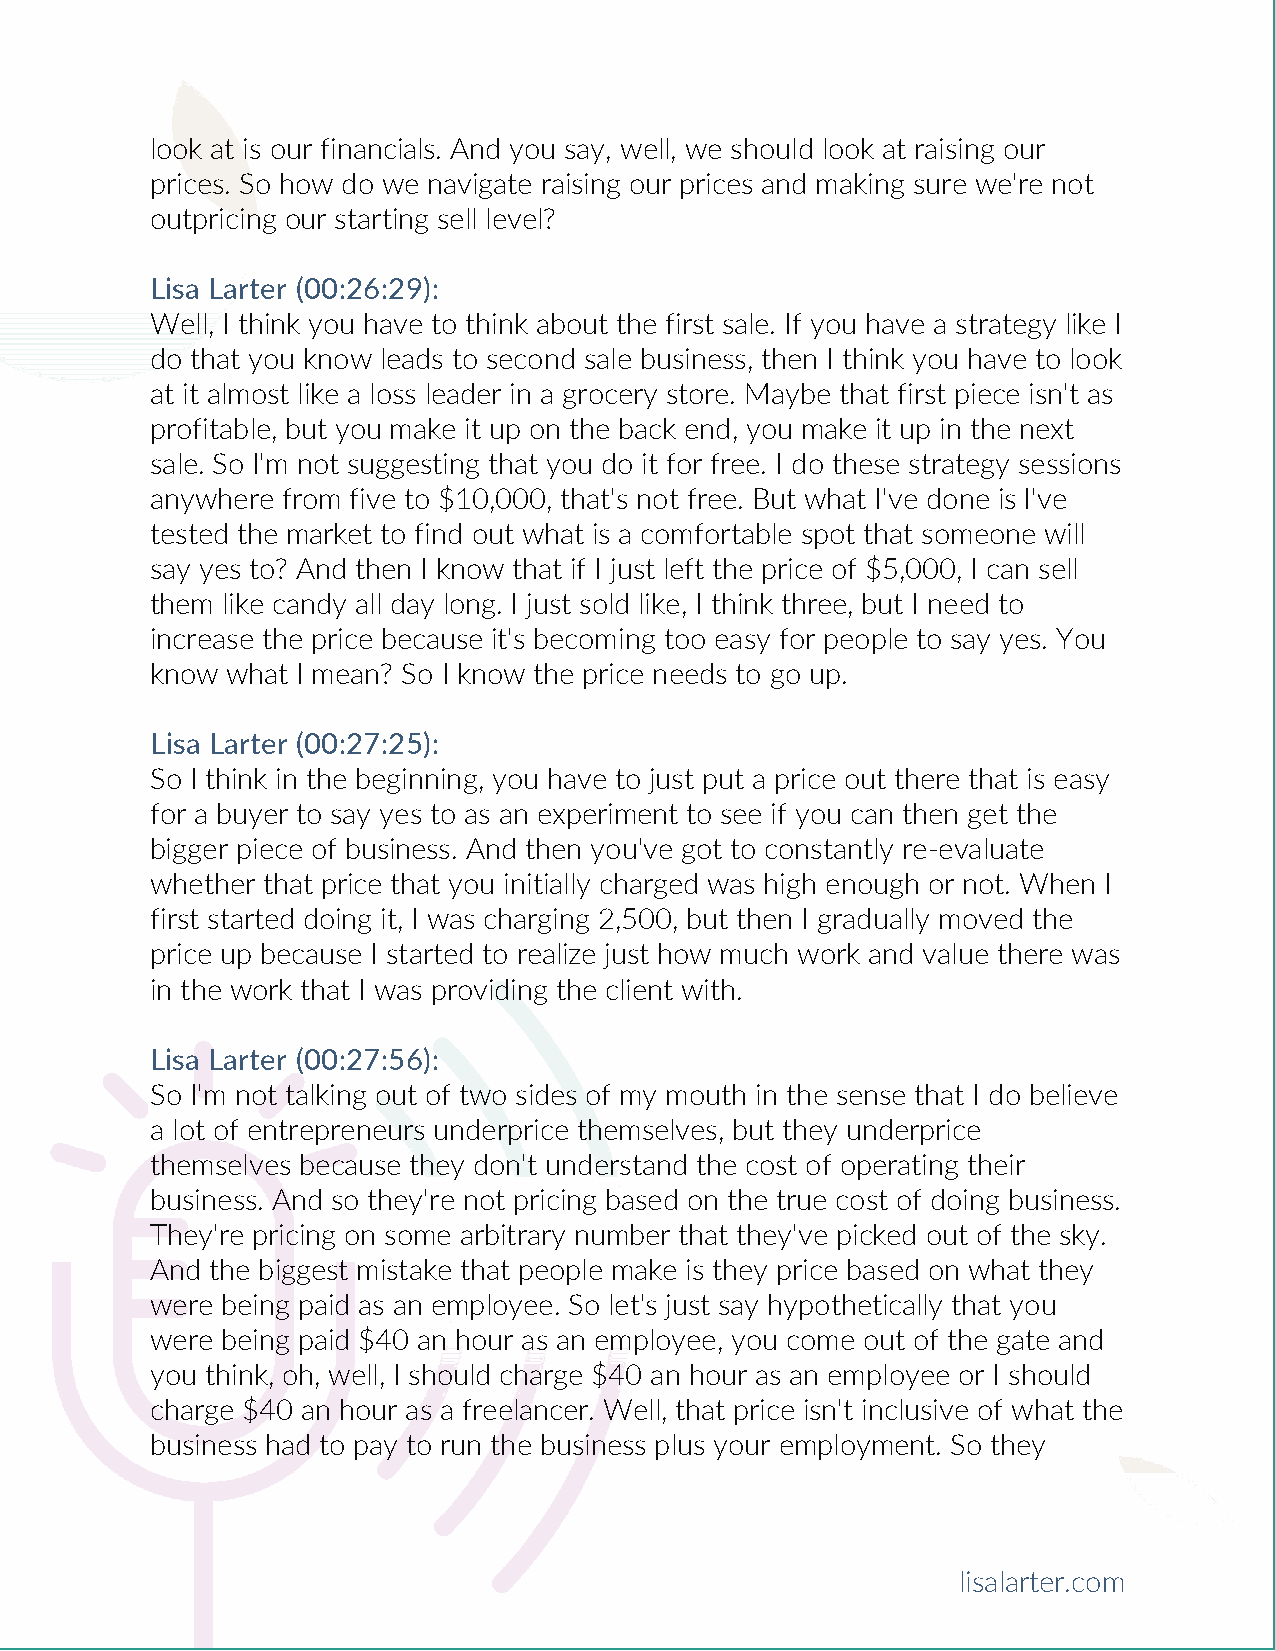
look at is our financials. And you say, well, we should look at raising our
 prices. So how do we navigate raising our prices and making sure we're not
 outpricing our starting sell level?
 Lisa Larter (00:26:29):
 Well, I think you have to think about the first sale. If you have a strategy like I
 do that you know leads to second sale business, then I think you have to look
 at it almost like a loss leader in a grocery store. Maybe that first piece isn't as
 profitable, but you make it up on the back end, you make it up in the next
 sale. So I'm not suggesting that you do it for free. I do these strategy sessions
 anywhere from five to $10,000, that's not free. But what I've done is I've
 tested the market to find out what is a comfortable spot that someone will
 say yes to? And then I know that if I just left the price of $5,000, I can sell
 them like candy all day long. I just sold like, I think three, but I need to
 increase the price because it's becoming too easy for people to say yes. You
 know what I mean? So I know the price needs to go up.
 Lisa Larter (00:27:25):
 So I think in the beginning, you have to just put a price out there that is easy
 for a buyer to say yes to as an experiment to see if you can then get the
 bigger piece of business. And then you've got to constantly re-evaluate
 whether that price that you initially charged was high enough or not. When I
 first started doing it, I was charging 2,500, but then I gradually moved the
 price up because I started to realize just how much work and value there was
 in the work that I was providing the client with.
 Lisa Larter (00:27:56):
 So I'm not talking out of two sides of my mouth in the sense that I do believe
 a lot of entrepreneurs underprice themselves, but they underprice
 themselves because they don't understand the cost of operating their
 business. And so they're not pricing based on the true cost of doing business.
 They're pricing on some arbitrary number that they've picked out of the sky.
 And the biggest mistake that people make is they price based on what they
 were being paid as an employee. So let's just say hypothetically that you
 were being paid $40 an hour as an employee, you come out of the gate and
 you think, oh, well, I should charge $40 an hour as an employee or I should
 charge $40 an hour as a freelancer. Well, that price isn't inclusive of what the
 business had to pay to run the business plus your employment. So they
 lisalarter.com